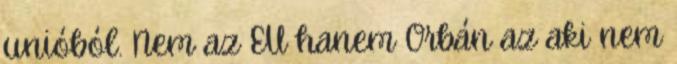
unióból. Nem az EU hanem Orbán az aki nem